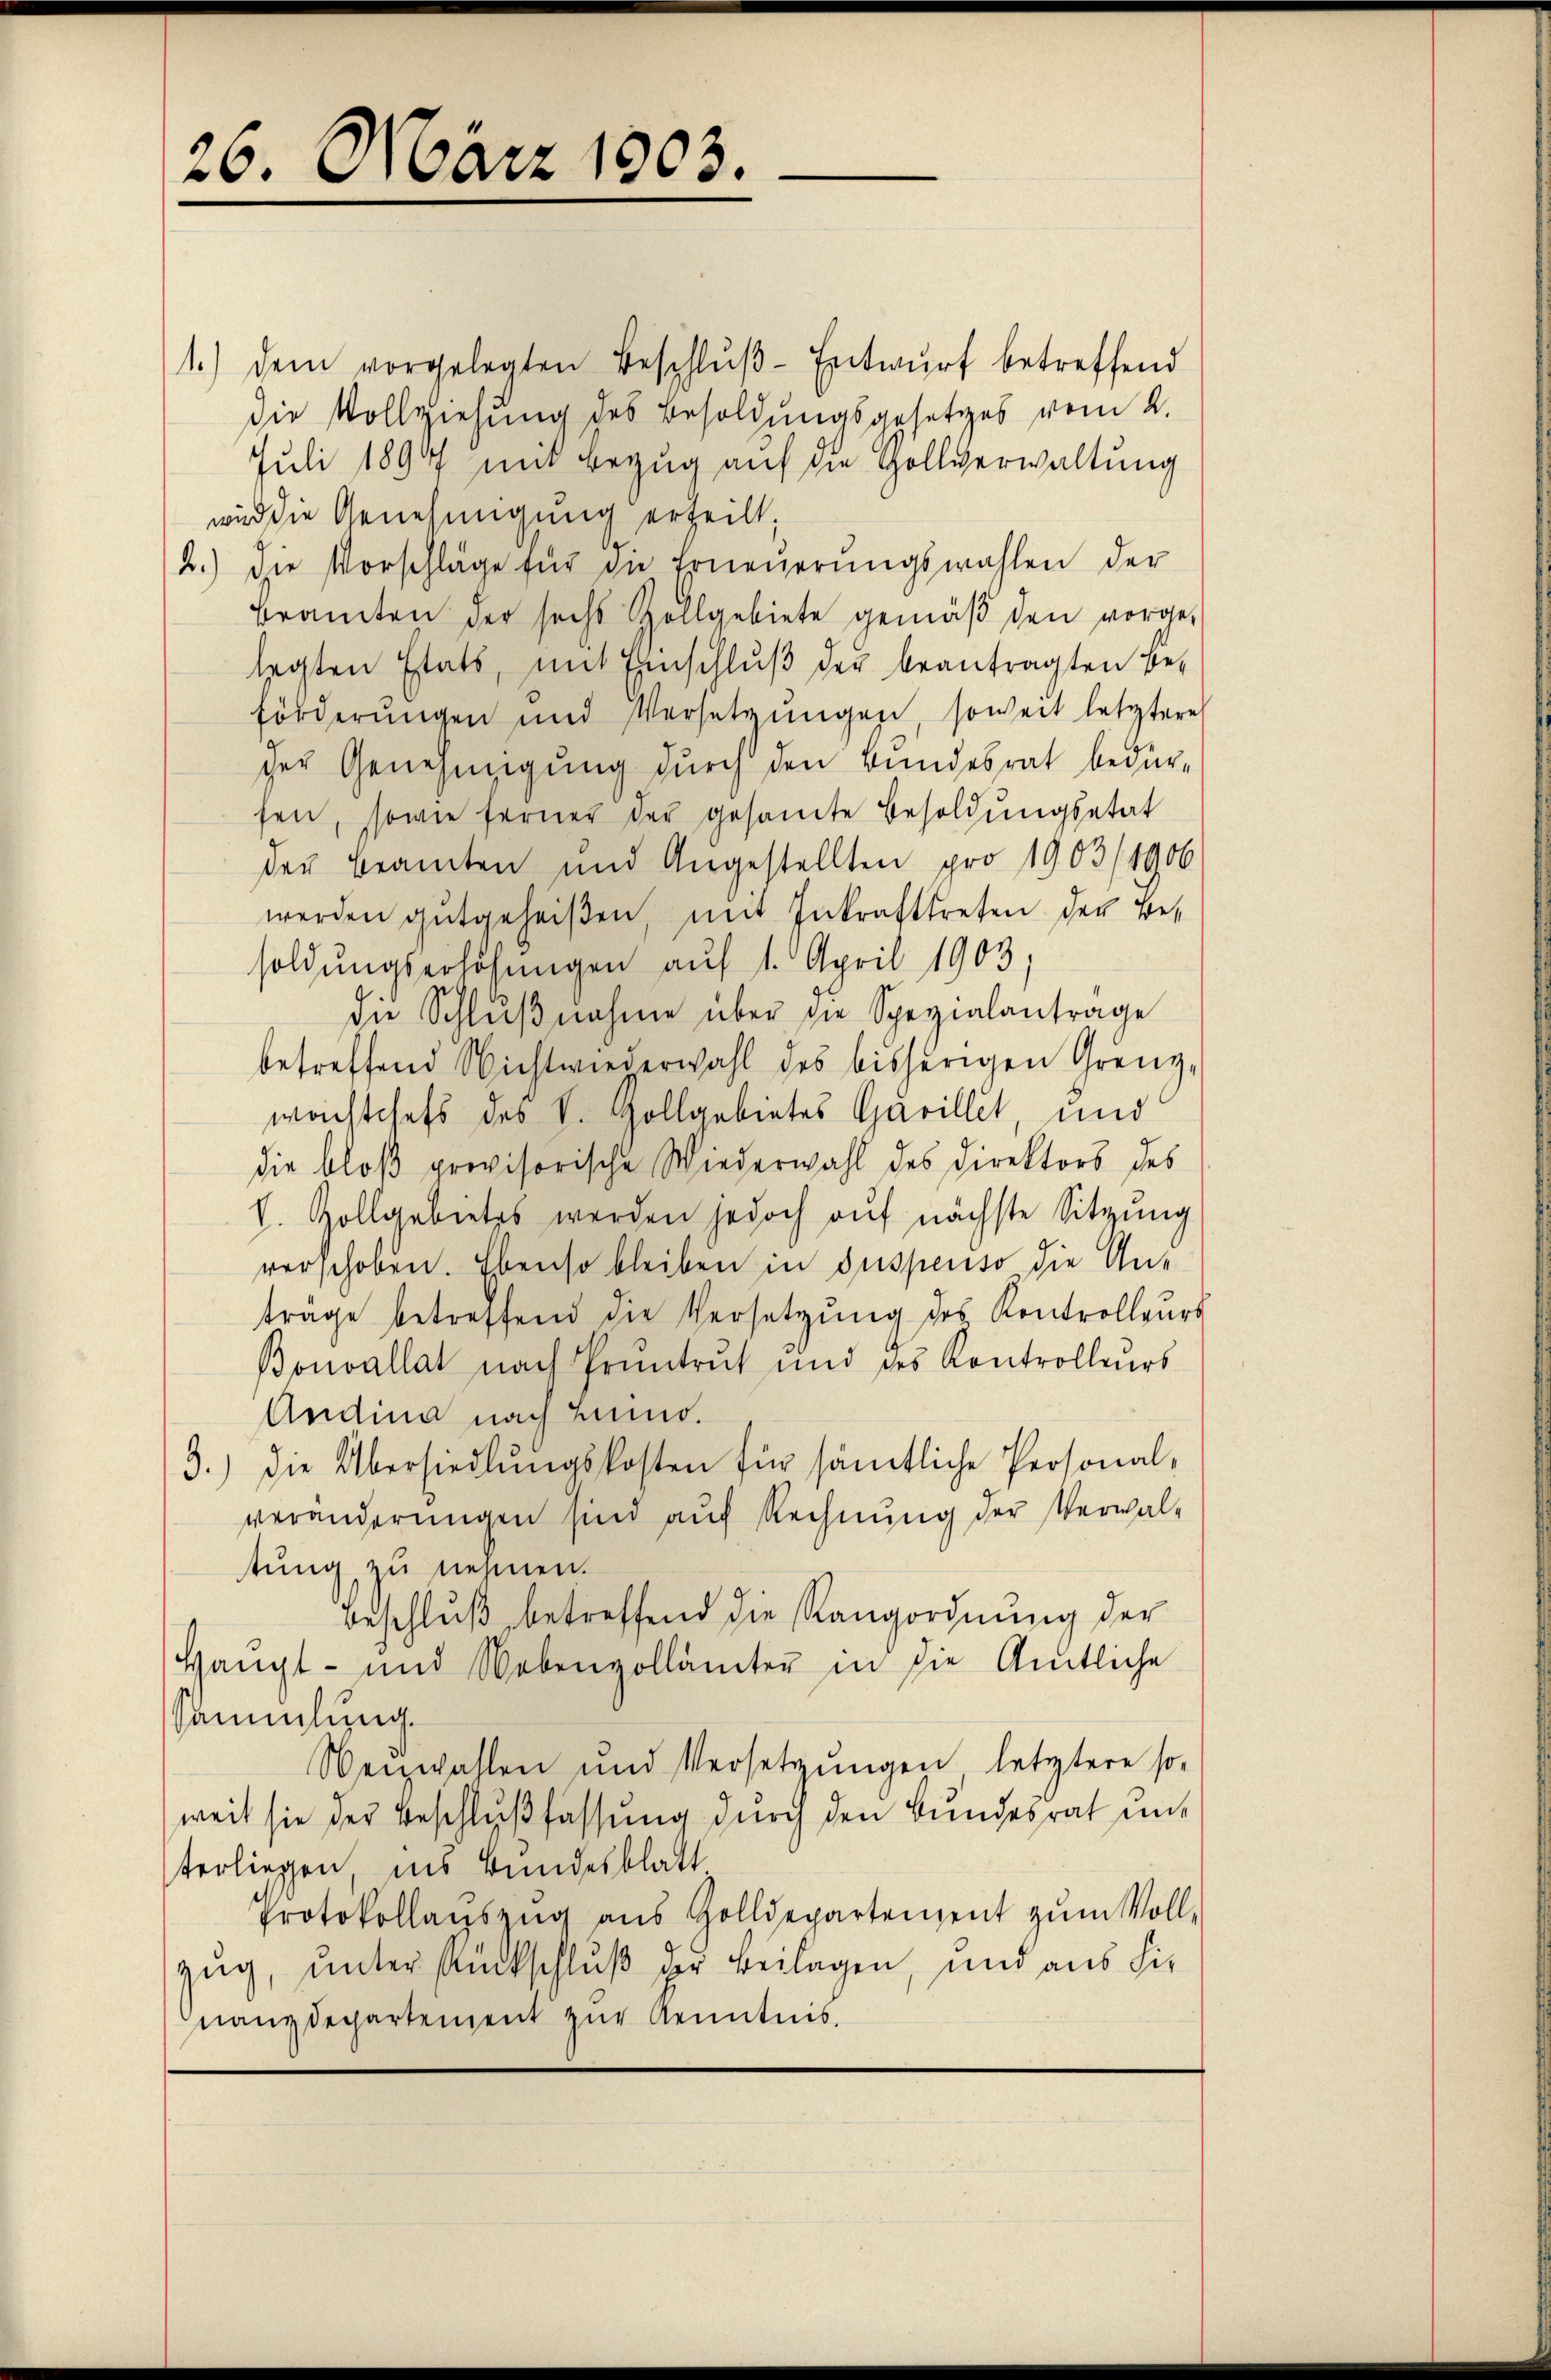
26. März 1803.

1.) dem vorgelegten Beschlŭβ-Entwurf betreffend
die Vollziehung des Besoldungsgesetzes vom 2.
Juli 1890 mit Bezug auf die Gollverwaltung
wird die Genehmigung erteilt;
2.) Die Vorschläge für die Erneŭerŭngswahlen der
Bramten der sechs Zollgebiete gemäβ den vorge-
legten Etats, mit Einschlŭβ der beantragten Be¬
Förderungen und Versetzungen, soweit letztere
der Genehmigung durch den Bundesrat bedürfen, sowie ferner der gesamte Besoldŭngsetat
der Beamten und Angestellten pro 1903/1906
werden gutgeheiβen, mit Inkrafttreten der Besoldŭngserhöhungen auf 1. April 1903,
die Schlŭβnahme über die Spezialantrage
betreffend Nichtwiederwahl des bisherigen Grenz-
machtchefs des V. Gollgebietes Gavillet, und
die bloß provisorische Wiederwahl des Direktors des
V. Zollgebietes werden jedoch aŭf nächste Sitzung
verschoben. Ebenso bleiben in Suspenso die An-
träge betreffend die Versetzŭng des Kontrolleurs
Bonvallat nach Pruntrut und des Kontrolleurs
Andina nach Lino.
3.) Die Übersiedlŭngskosten für sämtliche Personal-
veränderungen sind auch Rechnung der Verwal-
tung zu nehmen.
Beschlŭβ, betreffend die Rangordnŭng der
Haupt- und Nebenzollämter in die Amtliche
sammlung.
Weizwahlen und Versetzŭngen letztere so-
weil sie der Beschlußfassung durch den Bundesrat unt
terliegen, ins Bundesblatt
Protokollauszug aus Zolldepartement zum Vollzug, unter Rückschluß der Beilagen, und aus die
nanzdepartement zur Kenntnis.